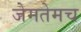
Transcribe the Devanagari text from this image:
जेमतेमच